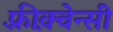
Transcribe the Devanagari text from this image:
फ़्रीक़्वेन्सी